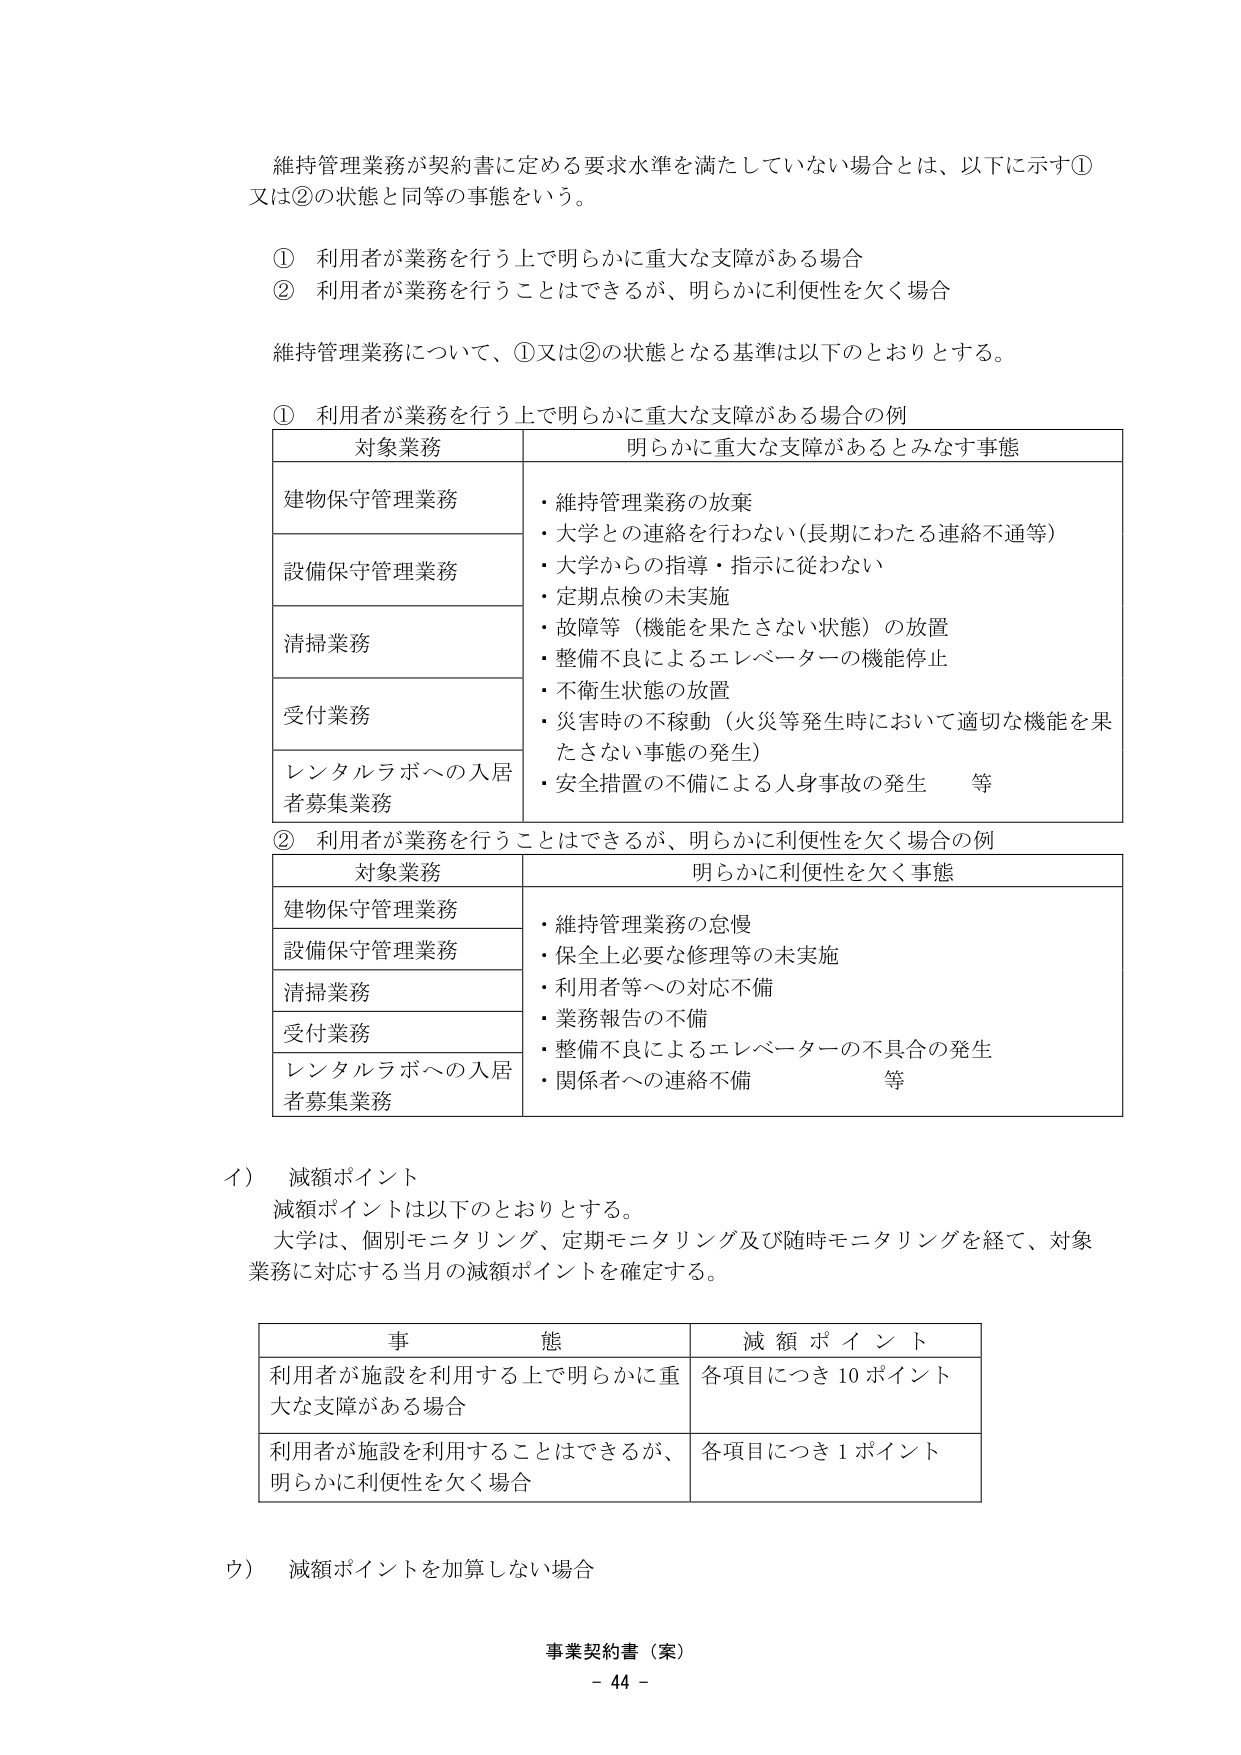
維持管理業務が契約書に定める要求水準を満たしていない場合とは、以下に示す①又は②の状態と同等の事態をいう。

① 利用者が業務を行う上で明らかに重大な支障がある場合
② 利用者が業務を行うことはできるが、明らかに利便性を欠く場合

維持管理業務について、①又は②の状態となる基準は以下のとおりとする。

① 利用者が業務を行う上で明らかに重大な支障がある場合の例

| 対象業務 | 明らかに重大な支障があるとみなす事態 |
|----------|----------------------------------|
| 建物保守管理業務 | ・維持管理業務の放棄<br>・大学との連絡を行わない（長期にわたる連絡不通等） |
| 設備保守管理業務 | ・大学からの指導・指示に従わない<br>・定期点検の未実施 |
| 清掃業務 | ・故障等（機能を果たさない状態）の放置<br>・整備不良によるエレベーターの機能停止 |
| 受付業務 | ・不衛生状態の放置<br>・災害時の不稼動（火災等発生時において適切な機能を果たさない事態の発生） |
| レンタルラボへの入居者募集業務 | ・安全措置の不備による人身事故の発生　等 |

② 利用者が業務を行うことはできるが、明らかに利便性を欠く場合の例

| 対象業務 | 明らかに利便性を欠く事態 |
|----------|------------------------|
| 建物保守管理業務 | ・維持管理業務の怠慢 |
| 設備保守管理業務 | ・保全上必要な修理等の未実施 |
| 清掃業務 | ・利用者等への対応不備 |
| 受付業務 | ・業務報告の不備<br>・整備不良によるエレベーターの不具合の発生 |
| レンタルラボへの入居者募集業務 | ・関係者への連絡不備　等 |

イ） 減額ポイント
減額ポイントは以下のとおりとする。
大学は、個別モニタリング、定期モニタリング及び随時モニタリングを経て、対象業務に対応する当月の減額ポイントを確定する。

| 事 態 | 減 額 ポ イ ン ト |
|--------|------------------|
| 利用者が施設を利用する上で明らかに重大な支障がある場合 | 各項目につき10ポイント |
| 利用者が施設を利用することはできるが、明らかに利便性を欠く場合 | 各項目につき1ポイント |

ウ） 減額ポイントを加算しない場合

事業契約書（案）
- 44 -